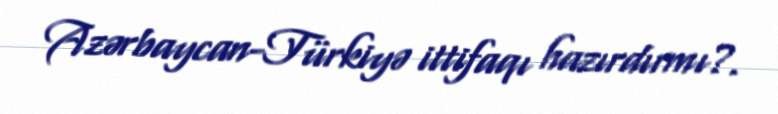
Azərbaycan-Türkiyə ittifaqı hazırdırmı?.